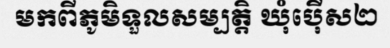
មកពីភូមិទួលសម្បត្តិ ឃុំប៉ើស២